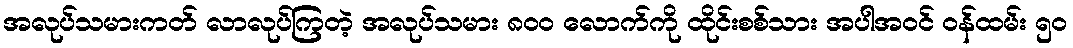
အလုပ်သမားကတ် လာလုပ်ကြတဲ့ အလုပ်သမား ၈၀၀ လောက်ကို ထိုင်းစစ်သား အပါအဝင် ဝန်ထမ်း ၅၀